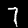
Label: 7